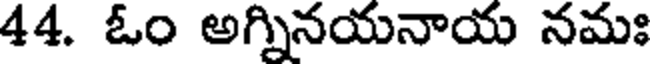
44. ఓం అగ్నినయనాయ నమః